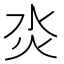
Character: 𤆲